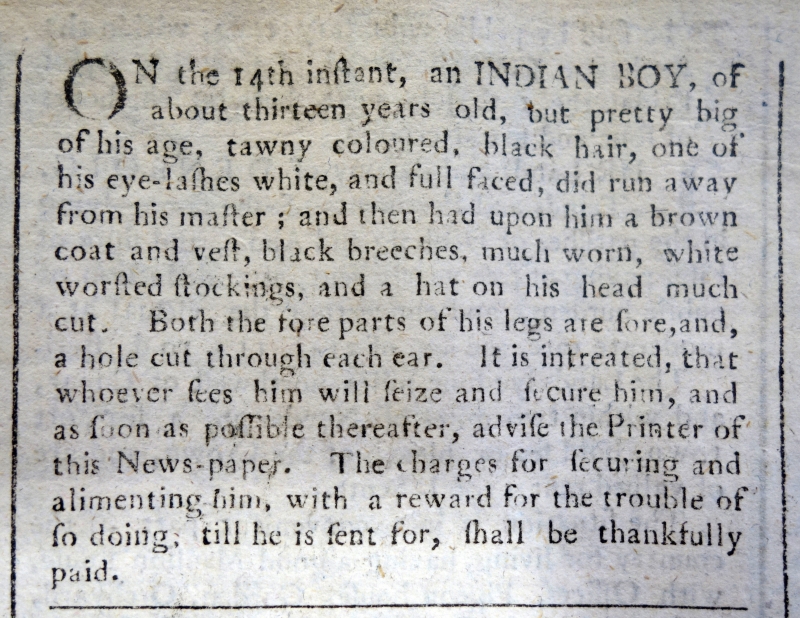
Edinburgh Evening Courant, 17 June 1765 (Scotland)
ON the 14th instant, an INDIAN BOY, of about thirteen years old, but pretty big of his age, tawny coloured, black hair, one of his eye-lashes white, and full faced, did run away from his master; and then had upon him a brown coat and vest, black breeches, much worn, white worsted stockings, and a hat on his head much cut. Both the fore parts of his legs are sore, and, a hole cut through each ear. It is intreated, that whoever sees him will seize and secure him, and as soon as possible thereafter, advise the Printer of this News-paper. The charges for securing and alimenting him, with a reward for the trouble of so doing, till he is sent for, shall be thankfully paid.